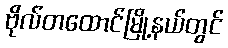
ဗိုလ်တထောင်မြို့နယ်တွင်